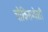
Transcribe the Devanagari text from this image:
चौकिसभोवती